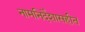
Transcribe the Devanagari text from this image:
नामनिर्देशासहीत